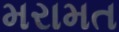
મરામત